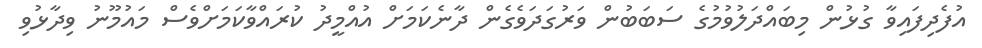
އުފެދިފައިވާ ގުޅުން މިބައްދަލުވުމުގެ ސަބަބުން ވަރުގަދަވެގެން ދާނެކަމަށް އުއްމީދު ކުރައްވާކަމަށްވެސް މައުމޫނު ވިދާޅުވި